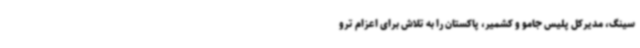
سینگ، مدیرکل پلیس جامو و کشمیر، پاکستان را به تلاش برای اعزام ترو